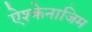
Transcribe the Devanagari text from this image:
ऐश्केनाजिम